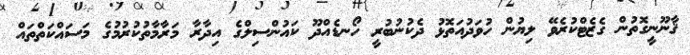
ޤާނޫނީގޮތުން ގެޒެޓްކުރެވޭ ލިޔުން ހުވަދުއަތޮޅު ދެކުނުބުރީ ހޯނޑެއްދޫ ކައުންސިލްގެ އިދާރާ މަރާމާތުކުރުމުގެ މަސައްކަތްތައް